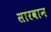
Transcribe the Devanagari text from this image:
सारवान